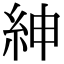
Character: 紳